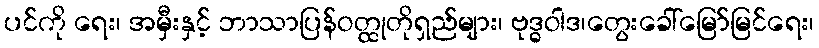
ပင်ကို ရေး၊ အမှီးနှင့် ဘာသာပြန်ဝတ္ထုတိုရှည်များ၊ ဗုဒ္ဓဝါဒ၊တွေးခေါ်မြော်မြင်ရေး၊